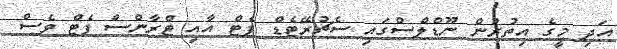
އަދި މީގެ އިތުރުން ނޫޑްލްސްގައި ސެޗުރޭޓެޑް ފެޓް އާއި ޓްރާންސް ފެޓް ވެސް